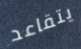
يتقاعد